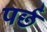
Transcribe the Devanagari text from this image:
पर्छ